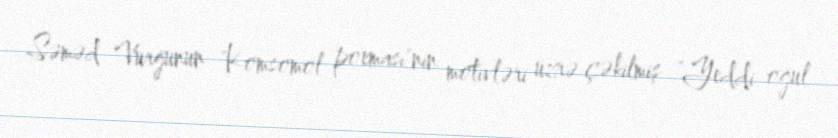
Səməd Vurğunun "Komsomol poeması"nın motivləri üzrə çəkilmiş "Yeddi oğul